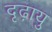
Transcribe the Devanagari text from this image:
दृढ़ायु